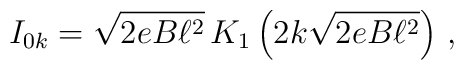
I_{0k}=\sqrt{2eB\ell ^{2}}\, K_{1}\left( 2k\sqrt{2eB\ell ^{2}}\right) \, ,